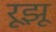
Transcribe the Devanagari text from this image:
रूझू